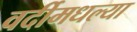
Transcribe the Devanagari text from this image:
वर्दीमधल्या